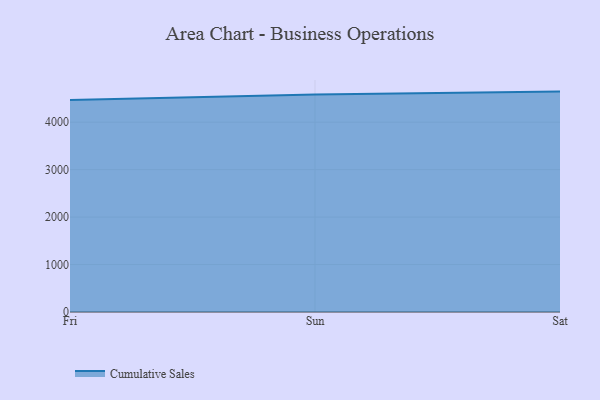
{"axis": {"x": "Day", "y": "Backlog"}, "legend": ["Cumulative Sales"], "data": [{"x": "Fri", "y": 4466.9, "type": "Cumulative Sales"}, {"x": "Sun", "y": 4582.3, "type": "Cumulative Sales"}, {"x": "Sat", "y": 4644.6, "type": "Cumulative Sales"}]}